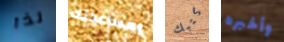
لذا بمساعدتك كتبك وأخبره